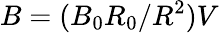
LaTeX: B=(B_{0}R_{0}/R^{2})V